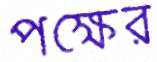
পক্ষের